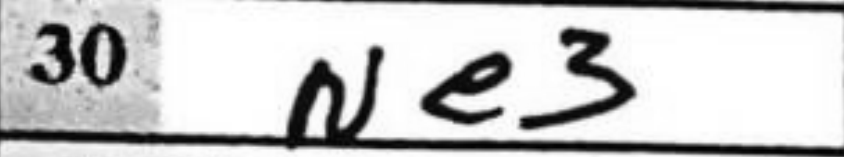
Transcription: Ne3